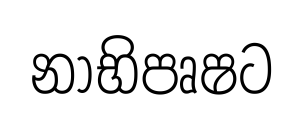
නාභිපෘෂට